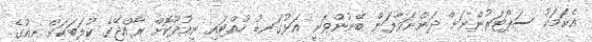
އެކަމަކު ސަޕޯޓަރުންނަށް ދަންނަވާލަން ބޭނުންވަނީ އަޅުގަނޑު ހުއްޓައި ނިއުދޫކޮށް ރާއްޖޭގެ ކުލަބަކަށް ނިއުގެ